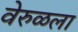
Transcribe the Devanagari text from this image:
वेरुळला